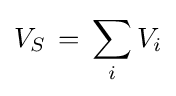
V_{S}\,=\,\sum _{i}V_{i}